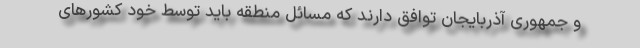
و جمهوری آذربایجان توافق دارند که مسائل منطقه باید توسط خود کشورهای